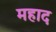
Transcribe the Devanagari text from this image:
महाद